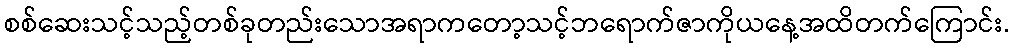
စစ်ဆေးသင့်သည့်တစ်ခုတည်းသောအရာကတော့သင့်ဘရောက်ဇာကိုယနေ့အထိတက်ကြောင်း.